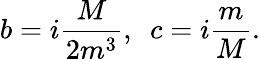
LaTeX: b=i\frac{M}{2m^{3}},\, \, \, c=i\frac{m}{M}.